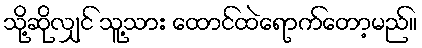
သို့ဆိုလျှင် သူ့သား ထောင်ထဲရောက်တော့မည်။